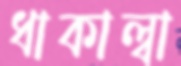
ধাকাল্বা